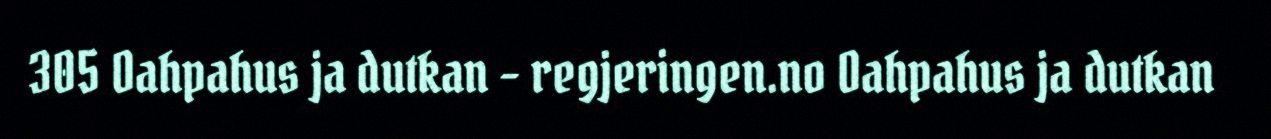
305 Oahpahus ja dutkan - regjeringen.no Oahpahus ja dutkan